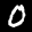
Label: 0